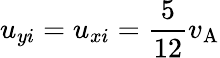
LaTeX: u_{yi}=u_{xi}=\frac{5}{12}v_{\mathrm{A}}